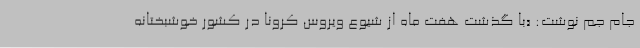
جام جم نوشت: «با گذشت هفت ماه از شیوع ویروس کرونا در کشور خوشبختانه